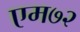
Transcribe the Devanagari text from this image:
एम७२